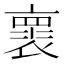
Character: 褱